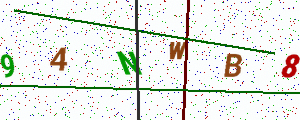
Text: 94NWB8